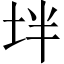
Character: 坢